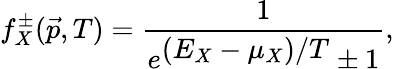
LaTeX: f_{X}^{\pm}(\vec{p},T)=\frac{1}{e^{\textstyle(E_{X}-{\mu}_{X})/T}\pm 1},